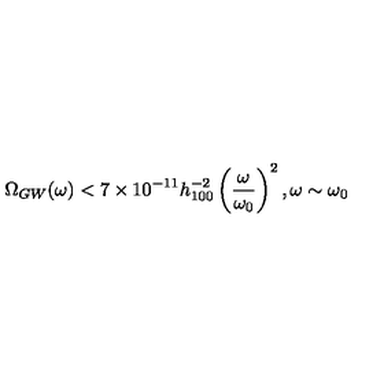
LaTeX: \Omega _ { G W } ( \omega ) < 7 \times 1 0 ^ { - 1 1 } h _ { 1 0 0 } ^ { - 2 } \left( \frac { \omega } { \omega _ { 0 } } \right) ^ { 2 } , \omega \sim \omega _ { 0 }